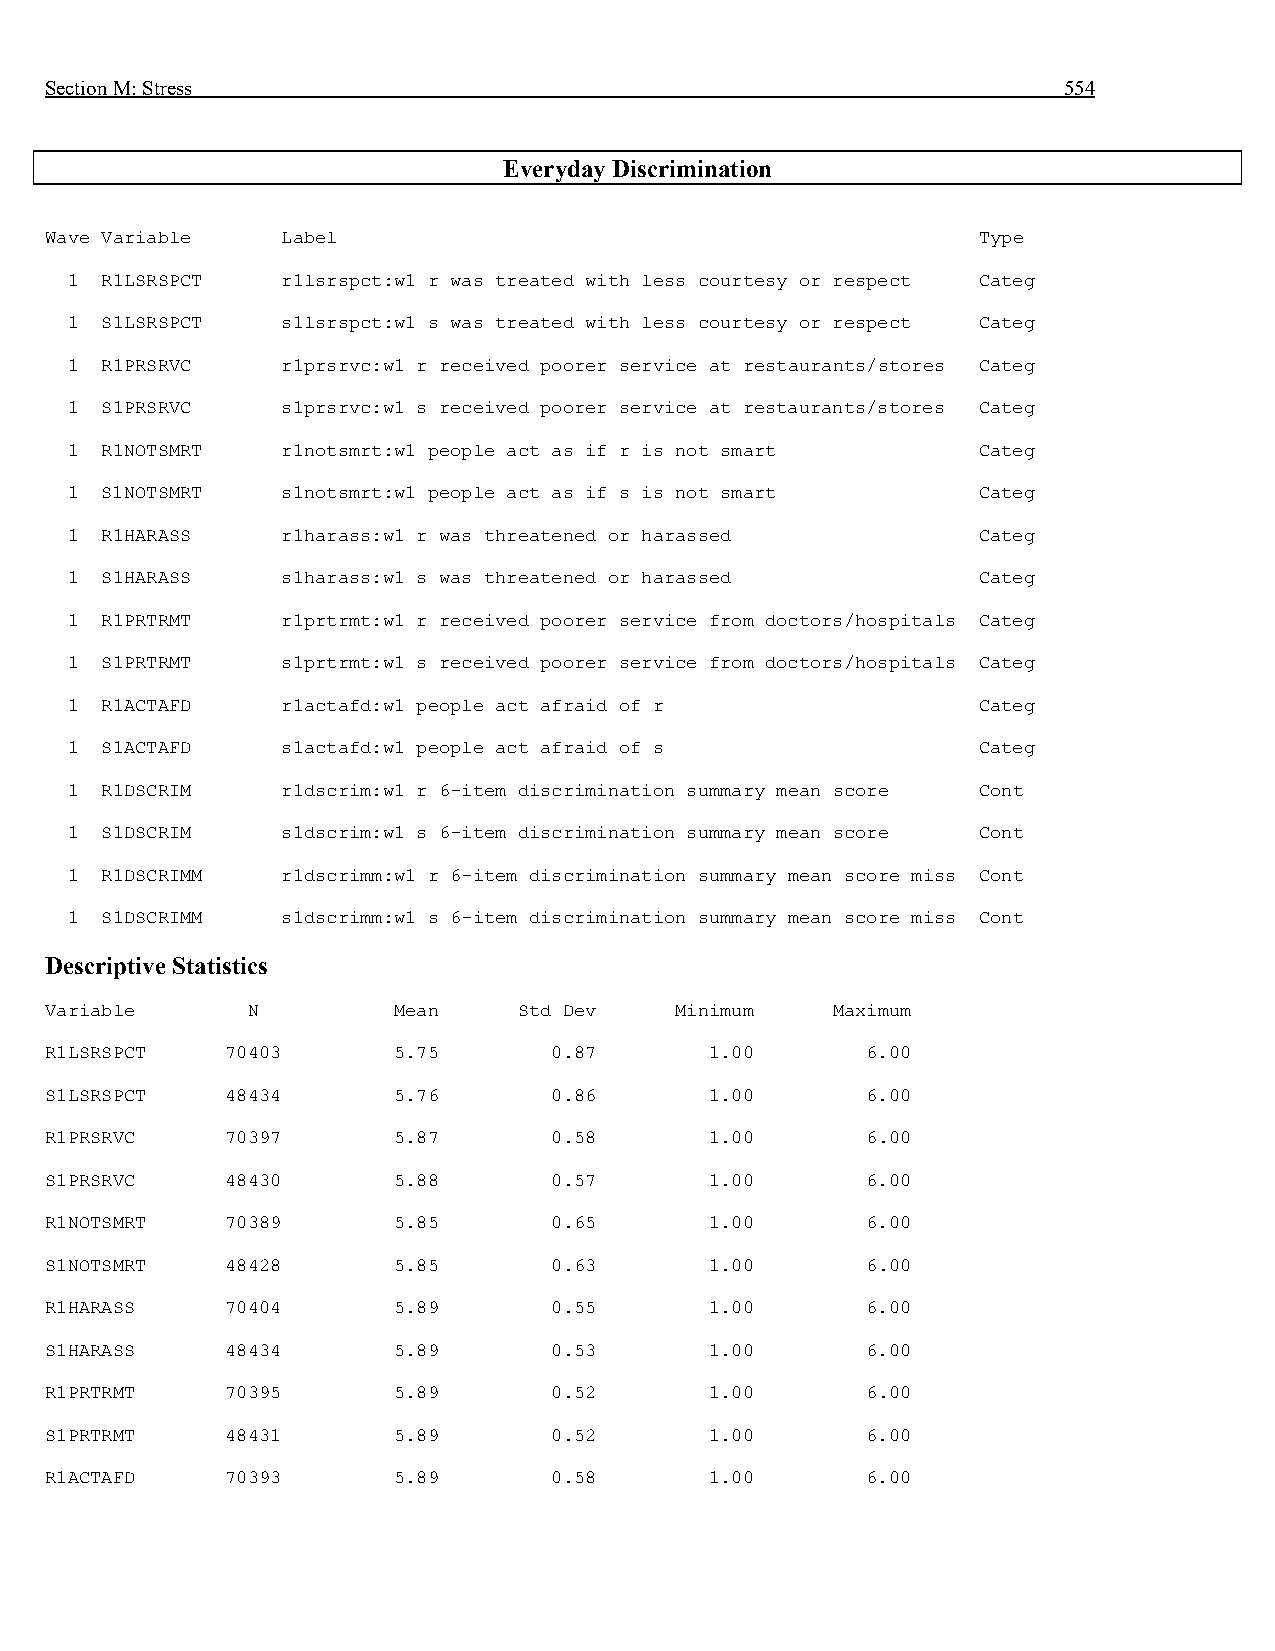
Section M: Stress                                                  554
 Everyday Discrimination
 Wave Variable   Label                                         Type
 1  R1LSRSPCT   r1lsrspct:w1 r was treated with less courtesy or respect Categ
 1  S1LSRSPCT   s1lsrspct:w1 s was treated with less courtesy or respect Categ
 1  R1PRSRVC    r1prsrvc:w1 r received poorer service at restaurants/stores Categ
 1  S1PRSRVC    s1prsrvc:w1 s received poorer service at restaurants/stores Categ
 1  R1NOTSMRT   r1notsmrt:w1 people act as if r is not smart  Categ
 1  S1NOTSMRT   s1notsmrt:w1 people act as if s is not smart  Categ
 1  R1HARASS    r1harass:w1 r was threatened or harassed      Categ
 1  S1HARASS    s1harass:w1 s was threatened or harassed      Categ
 1  R1PRTRMT    r1prtrmt:w1 r received poorer service from doctors/hospitals Categ
 1  S1PRTRMT    s1prtrmt:w1 s received poorer service from doctors/hospitals Categ
 1  R1ACTAFD    r1actafd:w1 people act afraid of r            Categ
 1  S1ACTAFD    s1actafd:w1 people act afraid of s            Categ
 1  R1DSCRIM    r1dscrim:w1 r 6-item discrimination summary mean score Cont
 1  S1DSCRIM    s1dscrim:w1 s 6-item discrimination summary mean score Cont
 1  R1DSCRIMM   r1dscrimm:w1 r 6-item discrimination summary mean score miss Cont
 1  S1DSCRIMM   s1dscrimm:w1 s 6-item discrimination summary mean score miss Cont
 Descriptive Statistics
 Variable     N         Mean    Std Dev    Minimum   Maximum
 R1LSRSPCT   70403      5.75      0.87       1.00      6.00
 S1LSRSPCT   48434      5.76      0.86       1.00      6.00
 R1PRSRVC    70397      5.87      0.58       1.00      6.00
 S1PRSRVC    48430      5.88      0.57       1.00      6.00
 R1NOTSMRT   70389      5.85      0.65       1.00      6.00
 S1NOTSMRT   48428      5.85      0.63       1.00      6.00
 R1HARASS    70404      5.89      0.55       1.00      6.00
 S1HARASS    48434      5.89      0.53       1.00      6.00
 R1PRTRMT    70395      5.89      0.52       1.00      6.00
 S1PRTRMT    48431      5.89      0.52       1.00      6.00
 R1ACTAFD    70393      5.89      0.58       1.00      6.00